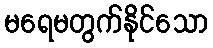
မရေမတွက်နိုင်သော